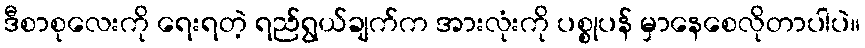
ဒီစာစုလေးကို ရေးရတဲ့ ရည်ရွယ်ချက်က အားလုံးကို ပစ္စုပန် မှာနေစေလိုတာပါပဲ။